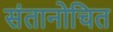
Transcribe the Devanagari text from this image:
संतानोचित